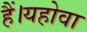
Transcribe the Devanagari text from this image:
हैं।यहोवा